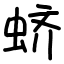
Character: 蛴